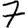
Digit: 7